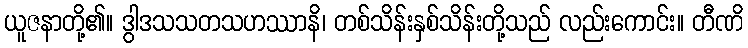
ယူဇနာတို့၏။ ဒွါဒသသတသဟဿာနိ၊ တစ်သိန်းနှစ်သိန်းတို့သည် လည်းကောင်း။ တီဏိ